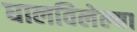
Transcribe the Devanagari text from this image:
घालविलेल्या